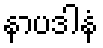
နာပဒါနံ